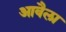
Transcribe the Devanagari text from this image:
आवैला